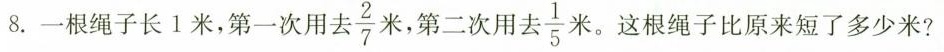
8.一根绳子长1米，第一次用去\frac{2}{7}米，第二次用去\frac{1}{5}米。这根绳子比原来短了多少米?